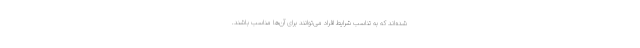
شده‌اند که به تناسب شرایط افراد می‌توانند برای آن‌ها مناسب باشند.